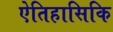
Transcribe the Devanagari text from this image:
ऐतिहासिकि